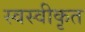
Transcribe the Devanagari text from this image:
स्वस्वीकृत